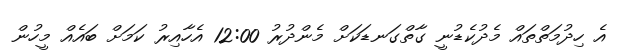
އެ ހިދުމަތްތައް މެދުކެޑުނީ ގާތްގަނޑަކަށް މެންދުރު 12:00 އެހާއިރު ކަމަށް ބައެއް މީހުން